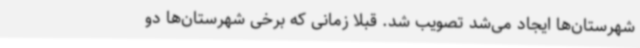
شهرستان‌ها ایجاد می‌شد تصویب شد. قبلا زمانی که برخی شهرستان‌ها دو